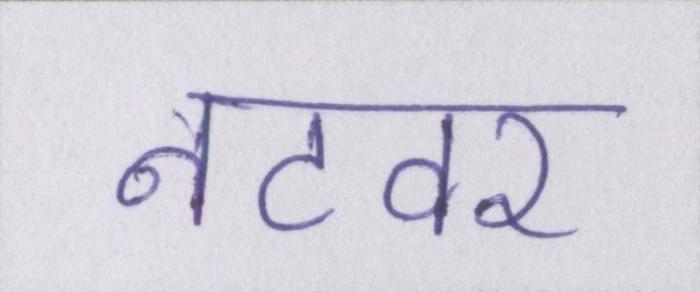
नटवर